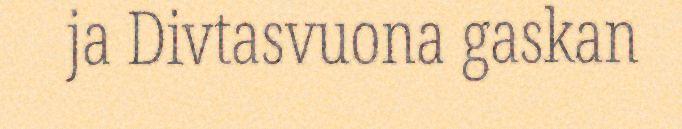
ja Divtasvuona gaskan